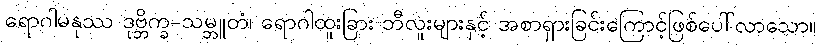
ရောဂါမနုဿ ဒုဗ္ဘိက္ခ-သမ္ဘူတံ၊ ရောဂါထူးခြား ဘီလူးများနှင့် အစာရှားခြင်းကြောင့်ဖြစ်ပေါ်လာသော။